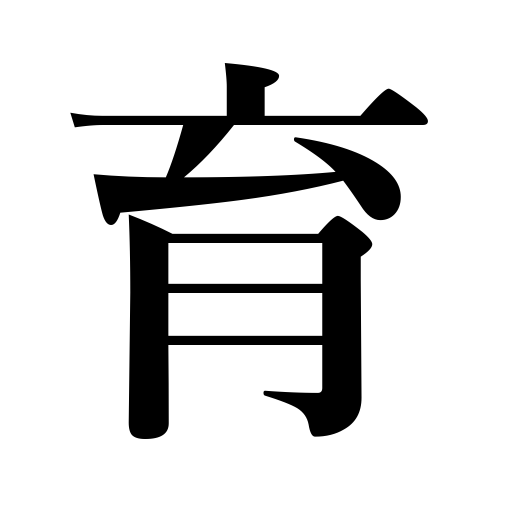
Meanings: rear,be raised,grow up,be brought up,bring up,raise,grow